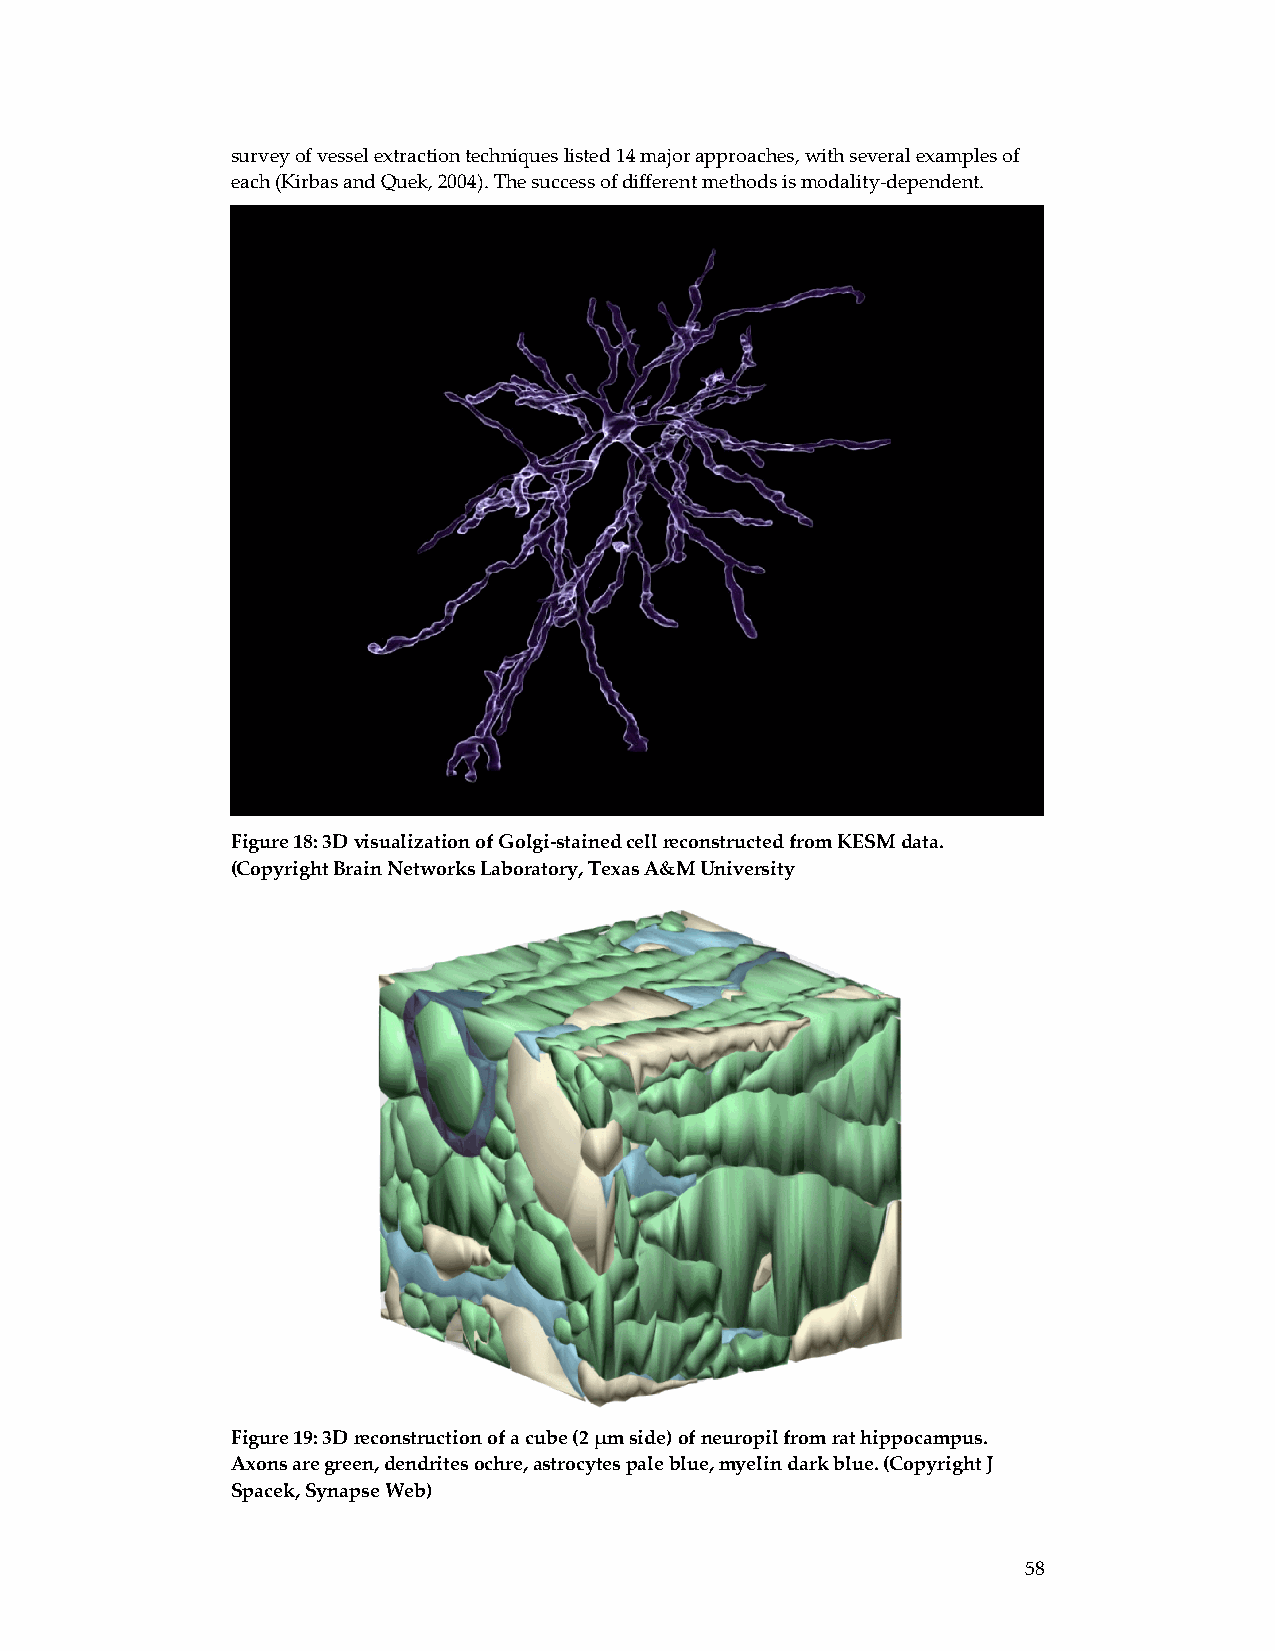
survey of vessel extraction techniques listed 14 major approaches, with several examples of
 each (Kirbas and Quek, 2004). The success of different methods is modality‐dependent.
 Figure 18: 3D visualization of Golgi‐stained cell reconstructed from KESM data.
 (Copyright Brain Networks Laboratory, Texas A&M University
 Figure 19: 3D reconstruction of a cube (2 μm side) of neuropil from rat hippocampus.
 Axons are green, dendrites ochre, astrocytes pale blue, myelin dark blue. (Copyright J
 Spacek, Synapse Web)
 58